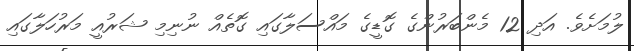
ލުމަަށެވެ. އަދި 12 މެންބަރުންގެ ގޮޑީގެ މައްސަލާގައި ގޮތެއް ނުނިމި ޝަރުއީ މަރުހަލާގައި